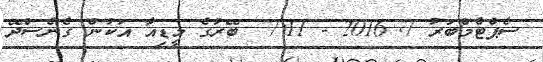
ސެޕްޓެމްބަރު 7